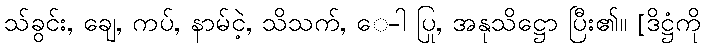
သ်ခွင်း, ချေ, ကပ်, နာမ်ငဲ့, သိသက်, ေ-ါ ပြု, အနုသိဋ္ဌော ပြီး၏။ [ဒိဋ္ဌံကို